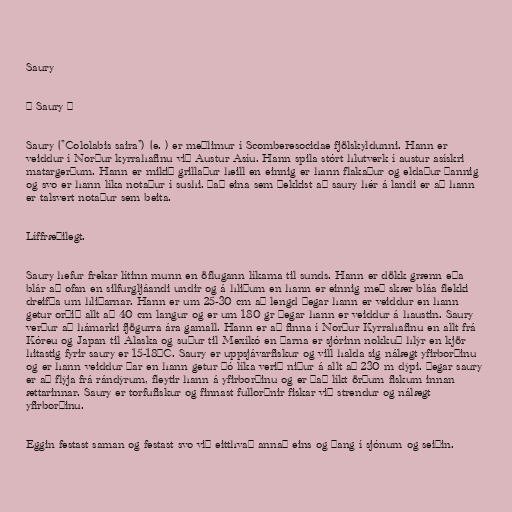
Saury

= Saury =

Saury ("Cololabis saira") (e. ) er meðlimur í Scomberesocidae fjölskyldunni. Hann er
veiddur í Norður kyrrahafinu við Austur Asíu. Hann spila stórt hlutverk í austur asískri
matargerðum. Hann er mikið grillaður heill en einnig er hann flakaður og eldaður þannig
og svo er hann líka notaður í sushi. Það eina sem þekkist að saury hér á landi er að hann
er talsvert notaður sem beita.

Líffræðilegt.

Saury hefur frekar lítinn munn en öflugann líkama til sunds. Hann er dökk grænn eða
blár að ofan en silfurgljáandi undir og á hliðum en hann er einnig með skær bláa flekki
dreifða um hliðarnar. Hann er um 25-30 cm að lengd þegar hann er veiddur en hann
getur orðið allt að 40 cm langur og er um 180 gr þegar hann er veiddur á haustin. Saury
verður að hámarki fjögurra ára gamall. Hann er að finna í Norður Kyrrahafinu en allt frá
Kóreu og Japan til Alaska og suður til Mexíkó en þarna er sjórinn nokkuð hlýr en kjör
hitastig fyrir saury er 15-18°C. Saury er uppsjávarfiskur og vill halda sig nálægt yfirborðinu
og er hann veiddur þar en hann getur þó líka verið niður á allt að 230 m dýpi. Þegar saury
er að flýja frá rándýrum, fleytir hann á yfirborðinu og er það líkt örðum fiskum innan
ættarinnar. Saury er torfufiskur og finnast fullorðnir fiskar við strendur og nálægt
yfirborðinu.

Eggin festast saman og festast svo við eitthvað annað eins og þang í sjónum og seiðin.